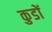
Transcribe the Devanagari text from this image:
कुडों